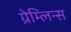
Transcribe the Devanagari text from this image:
ग्रेम्लिन्स